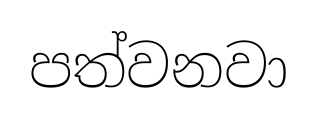
පත්වනවා